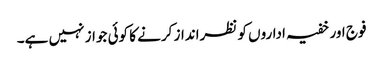
فوج اور خفیہ اداروں کو نظرانداز کرنے کا کوئی جواز نہیں ہے۔